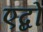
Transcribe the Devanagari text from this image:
एब्दो